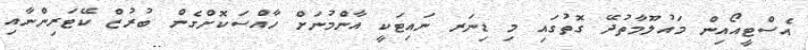
އެސްޓީއޯއިން މައުލޫމާތުދޭ ގޮތުގައި މި ޑިނަރ ނައިޓަކީ އާންމުނަށް ހާއްސަކޮށްގެން ބުރުޒް ކޭޓަރިންނާއި